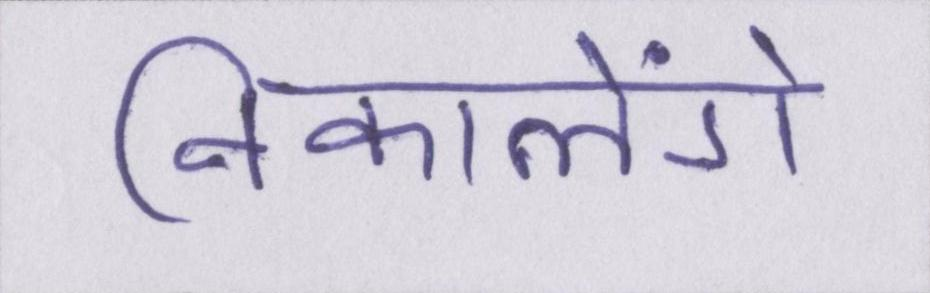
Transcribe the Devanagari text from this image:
निकालेंगे